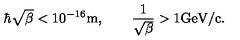
\hbar \sqrt { \beta } < 1 0 ^ { - 1 6 } \mathrm { m } , \qquad \frac { 1 } { \sqrt { \beta } } > 1 \mathrm { G e V / c } .